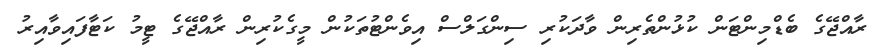
ރާއްޖޭގެ ބެޑްމިންޓަން ކުޅުންތެރިން ވާދަކުރި ސިންގަލްސް އިވެންޓުތަކުން މީގެކުރިން ރާއްޖޭގެ ޓީމު ކަޓާފައިވާއިރު